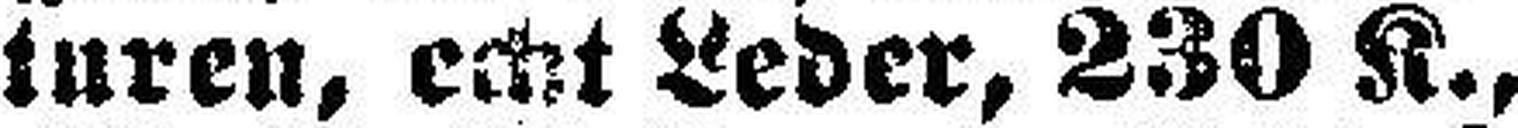
turen, echt Leder, 230 K.,